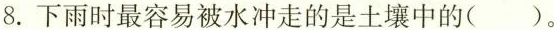
8.下雨时最容易被水冲走的是土壤中的( )。